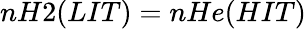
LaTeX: nH2(LIT)=nHe(HIT)